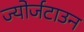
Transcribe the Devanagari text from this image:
ज्योर्जटाउन